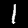
Digit: 1